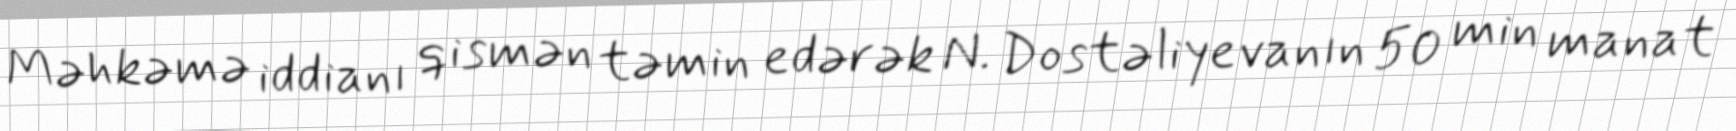
Məhkəmə iddianı qismən təmin edərək N. Dostəliyevanın 50 min manat